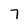
Character: 7